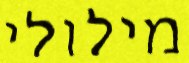
מילולי